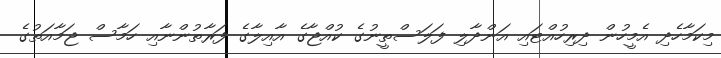
މިކަމާހެދި އެމީހުން ދިރިހުއްޓައި އަންދާލި ފަލަސްތީނުގެ ކުއްޖާގެ އާއިލާގެ ފަރާތުންނާއި ހަމާސް ޖަމާއަތުގެ